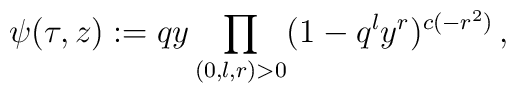
\psi(\tau,z):=qy \prod\limits_{(0,l,r)>0} (1 - q^ly^r)^{c(-r^2)}\,,